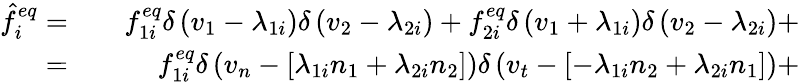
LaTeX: \begin{array}{rlr}{\hat{f}_{i}^{eq}=}&{{}}&{f_{1i}^{eq}\delta\left(v_{1}-\lambda_{1i}\right)\delta\left(v_{2}-\lambda_{2i}\right)+f_{2i}^{eq}\delta\left(v_{1}+\lambda_{1i}\right)\delta\left(v_{2}-\lambda_{2i}\right)+}\\ {=}&{{}}&{f_{1i}^{eq}\delta\left(v_{n}-\left[\lambda_{1i}n_{1}+\lambda_{2i}n_{2}\right]\right)\delta\left(v_{t}-\left[-\lambda_{1i}n_{2}+\lambda_{2i}n_{1}\right]\right)+}\end{array}